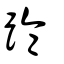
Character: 踚